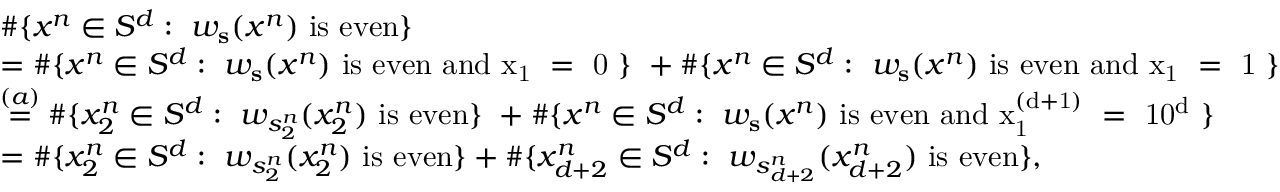
\begin{array} { r l } & { \# \{ x ^ { n } \in S ^ { d } : \ w _ { \mathbf { s } } ( x ^ { n } ) \mathrm { ~ i s ~ e v e n } \} } \\ & { = \# \{ x ^ { n } \in S ^ { d } : \ w _ { \mathbf { s } } ( x ^ { n } ) \mathrm { ~ i s ~ e v e n ~ a n d ~ x _ 1 ~ = ~ 0 ~ } \} \ + \# \{ x ^ { n } \in S ^ { d } : \ w _ { \mathbf { s } } ( x ^ { n } ) \mathrm { ~ i s ~ e v e n ~ a n d ~ x _ 1 ~ = ~ 1 ~ } \} } \\ & { \stackrel { ( a ) } { = } \# \{ x _ { 2 } ^ { n } \in S ^ { d } : \ w _ { s _ { 2 } ^ { n } } ( x _ { 2 } ^ { n } ) \mathrm { ~ i s ~ e v e n } \} \ + \# \{ x ^ { n } \in S ^ { d } : \ w _ { \mathbf { s } } ( x ^ { n } ) \mathrm { ~ i s ~ e v e n ~ a n d ~ x _ 1 ^ { ( d + 1 ) } ~ = ~ 1 0 ^ d ~ } \} } \\ & { = \# \{ x _ { 2 } ^ { n } \in S ^ { d } : \ w _ { s _ { 2 } ^ { n } } ( x _ { 2 } ^ { n } ) \mathrm { ~ i s ~ e v e n } \} + \# \{ x _ { d + 2 } ^ { n } \in S ^ { d } : \ w _ { s _ { d + 2 } ^ { n } } ( { x _ { d + 2 } ^ { n } } ) \mathrm { ~ i s ~ e v e n } \} , } \end{array}